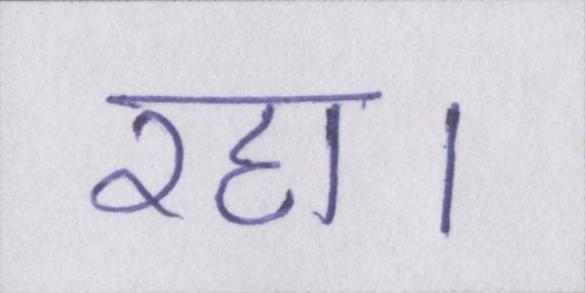
रहा।